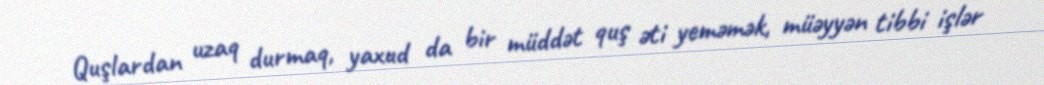
Quşlardan uzaq durmaq, yaxud da bir müddət quş əti yeməmək, müəyyən tibbi işlər